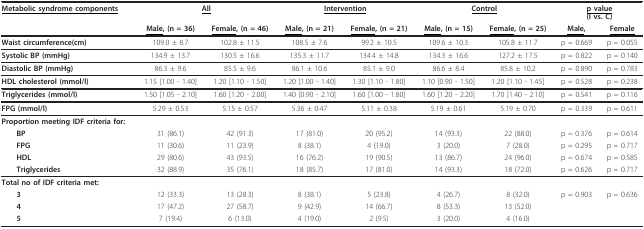
<table><thead><tr><td><b><underline>Metabolic syndrome components</underline></b></td><td colspan="2"><b><underline>All</underline></b></td><td colspan="2"><b><underline>Intervention</underline></b></td><td colspan="2"><b><underline>Control</underline></b></td><td colspan="2"><b><underline>p value</underline>(I vs. C)</b></td></tr><tr><td></td><td><b><underline>Male</underline>, (n = 36)</b></td><td><b><underline>Female</underline>, (n = 46)</b></td><td><b><underline>Male</underline>, (n = 21)</b></td><td><b><underline>Female</underline>, (n = 21)</b></td><td><b><underline>Male</underline>, (n = 15)</b></td><td><b><underline>Female</underline>, (n = 25)</b></td><td><b><underline>Male</underline>,</b></td><td><b><underline>Female</underline></b></td></tr></thead><tbody><tr><td><b>Waist circumference(cm)</b></td><td>109.0 ± 8.7</td><td>102.8 ± 11.5</td><td>108.5 ± 7.6</td><td>99.2 ± 10.5</td><td>109.6 ± 10.3</td><td>105.8 ± 11.7</td><td>p = 0.669</td><td>p = 0.055</td></tr><tr><td><b>Systolic BP (mmHg)</b></td><td>134.9 ± 13.7</td><td>130.5 ± 16.6</td><td>135.3 ± 11.7</td><td>134.4 ± 14.8</td><td>134.3 ± 16.6</td><td>127.2 ± 17.5</td><td>p = 0.822</td><td>p = 0.140</td></tr><tr><td><b>Diastolic BP (mmHg)</b></td><td>86.3 ± 9.6</td><td>85.5 ± 9.6</td><td>86.1 ± 10.6</td><td>85.1 ± 9.0</td><td>86.6 ± 8.4</td><td>85.8 ± 10.2</td><td>p = 0.890</td><td>p = 0.783</td></tr><tr><td><b>HDL cholesterol (mmol/l)</b></td><td>1.15 [1.00 - 1.40]</td><td>1.20 [1.10 - 1.50]</td><td>1.20 [1.00 - 1.40]</td><td>1.30 [1.10 - 1.80]</td><td>1.10 [0.90 - 1.50]</td><td>1.20 [1.10 - 1.45]</td><td>p = 0.528</td><td>p = 0.238</td></tr><tr><td><b>Triglycerides (mmol/l)</b></td><td>1.50 [1.05 - 2.10]</td><td>1.60 [1.20 - 2.00]</td><td>1.40 [0.90 - 2.10]</td><td>1.60 [1.00 - 1.80]</td><td>1.60 [1.20 - 2.20]</td><td>1.70 [1.40 - 2.10]</td><td>p = 0.541</td><td>p = 0.116</td></tr><tr><td><b>FPG (mmol/l)</b></td><td>5.29 ± 0.53</td><td>5.15 ± 0.57</td><td>5.36 ± 0.47</td><td>5.11 ± 0.38</td><td>5.19 ± 0.61</td><td>5.19 ± 0.70</td><td>p = 0.339</td><td>p = 0.611</td></tr><tr><td><b>Proportion meeting IDF criteria for:</b></td><td></td><td></td><td></td><td></td><td></td><td></td><td></td><td></td></tr><tr><td> <b>BP</b></td><td>31 (86.1)</td><td>42 (91.3)</td><td>17 (81.0)</td><td>20 (95.2)</td><td>14 (93.3)</td><td>22 (88.0)</td><td>p = 0.376</td><td>p = 0.614</td></tr><tr><td> <b>FPG</b></td><td>11 (30.6)</td><td>11 (23.9)</td><td>8 (38.1)</td><td>4 (19.0)</td><td>3 (20.0)</td><td>7 (28.0)</td><td>p = 0.295</td><td>p = 0.717</td></tr><tr><td> <b>HDL</b></td><td>29 (80.6)</td><td>43 (93.5)</td><td>16 (76.2)</td><td>19 (90.5)</td><td>13 (86.7)</td><td>24 (96.0)</td><td>p = 0.674</td><td>p = 0.585</td></tr><tr><td> <b>Triglycerides</b></td><td>32 (88.9)</td><td>35 (76.1)</td><td>18 (85.7)</td><td>17 (81.0)</td><td>14 (93.3)</td><td>18 (72.0)</td><td>p = 0.626</td><td>p = 0.717</td></tr><tr><td><b>Total no of IDF criteria met:</b></td><td></td><td></td><td></td><td></td><td></td><td></td><td></td><td></td></tr><tr><td> <b>3</b></td><td>12 (33.3)</td><td>13 (28.3)</td><td>8 (38.1)</td><td>5 (23.8)</td><td>4 (26.7)</td><td>8 (32.0)</td><td>p = 0.903</td><td>p = 0.636</td></tr><tr><td> <b>4</b></td><td>17 (47.2)</td><td>27 (58.7)</td><td>9 (42.9)</td><td>14 (66.7)</td><td>8 (53.3)</td><td>13 (52.0)</td><td></td><td></td></tr><tr><td> <b>5</b></td><td>7 (19.4)</td><td>6 (13.0)</td><td>4 (19.0)</td><td>2 (9.5)</td><td>3 (20.0)</td><td>4 (16.0)</td><td></td><td></td></tr></tbody></table>